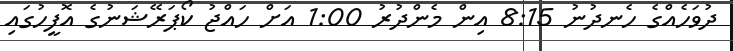
ދުވަހެއްގެ ހެނދުނު 8:15 އިން މެންދުރު 1:00 އަށް ހައްޖު ކޯޕަރޭޝަނުގެ އޮފީހުގައި